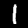
Label: 1